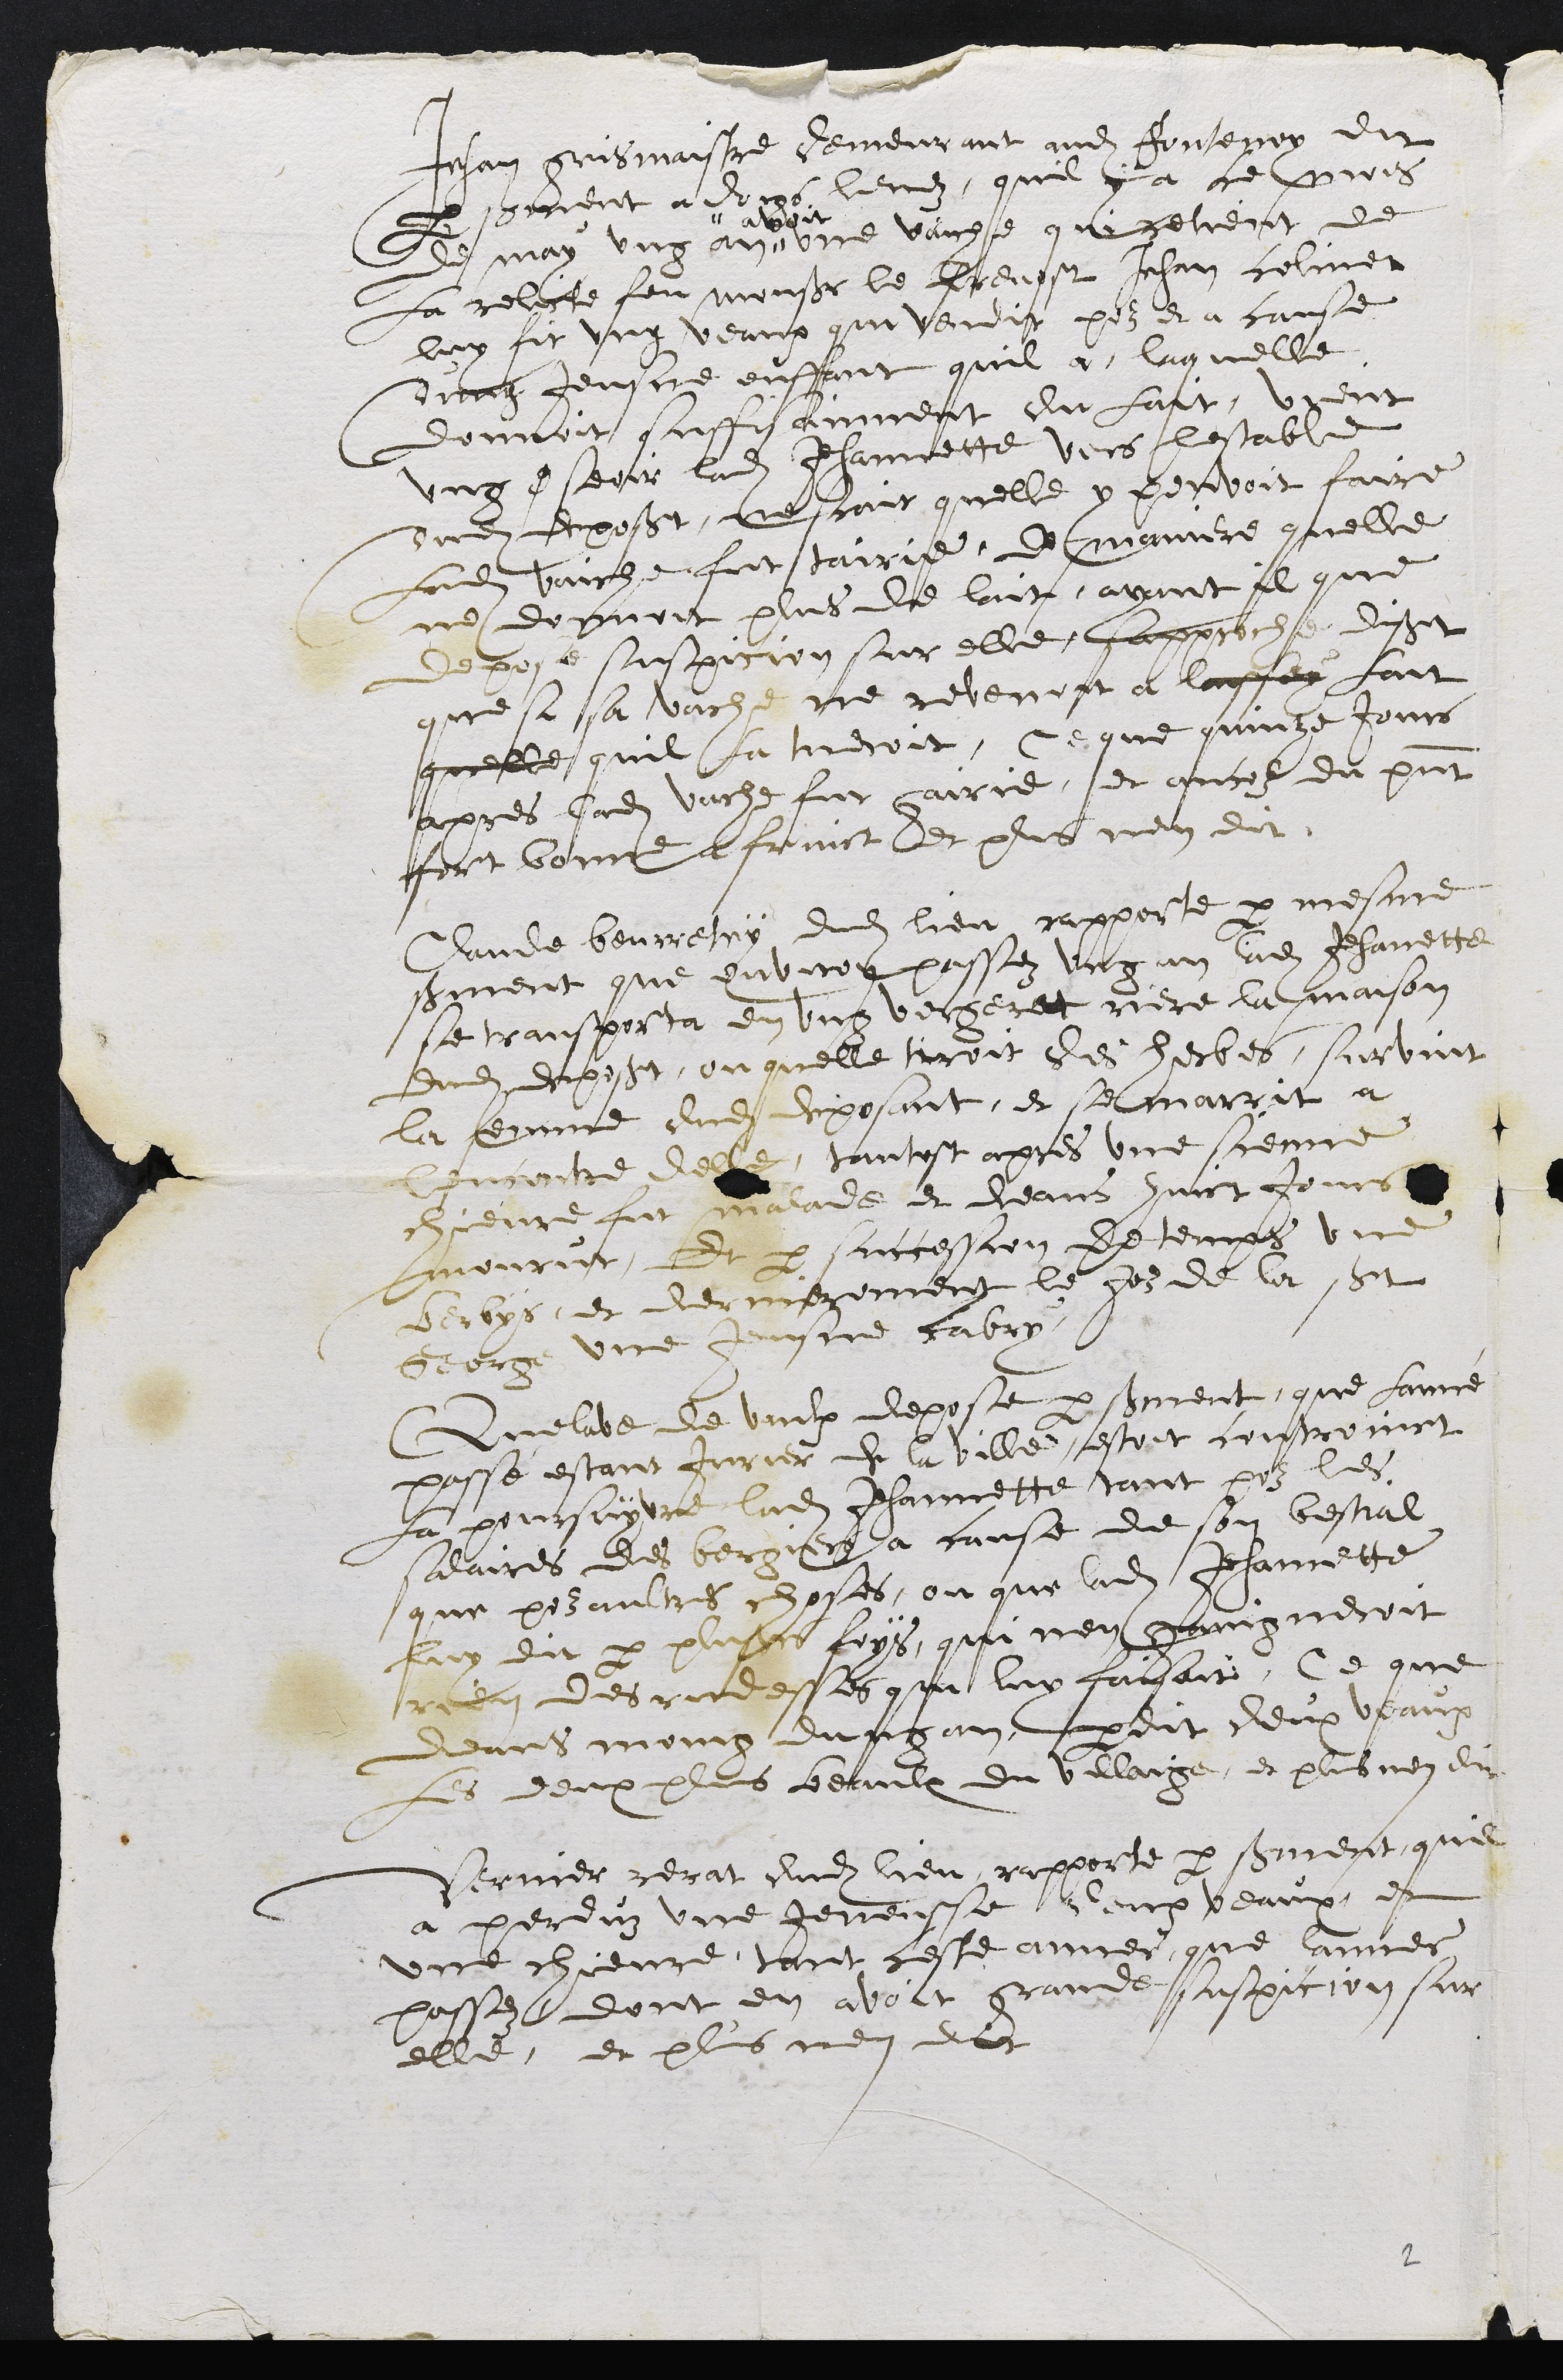
Jehan Grimaître, demeurant audit Fontenais, dit
par serment à doigts levés, qu’il y a ce mois
de mai un an"
" avoit
une vaiche qui retient de
la relicte de feu monsieur le prévôt Jean Collinet.
Lui fit un veau qu’il vendit pour et à cause
d’un jeune enfant qu’il a laquelle
donnait suffisamment de lait. Vient
un soir ladite Jeannette vers lestable
dudit déposant, ne sait quelle y pouvoit faire
Ladite vache fut tarie, de maniere quelle
ne donnait plus de lait. Ayant il qui
dépose suspicion sur elle, s’approche, disant
que si sa vache ne revenait au lait,
qu’il la tuerait. Ce que quinze jours
après ladite vache fut guérie et encore du présent,
fort bonne au fruit, et plus rien dit.
Claude Bourretry, dudit lieu, rapporte par mesme
serment qu’environ passé un an, ladite Jeannette
se transporta en un verger et derrière la maison
dudit déposant, où elle tirait des herbes. Survint
la femme dudit déposant, et se marit à
l’encontre d’elle; tantôt après une sienne
chèvre fut malade et en huit jours,
mourut. Et par succession de temps, une
brebis, et dernièrement, le jour de la St.-
Georges, un jeune cabri.
Quelave de Vaux dépose par serment, que l’année
passée, étant jurier de la ville, était contraint
de la poursuivre, ladite Jeannette, tant pour les
salaires des bergers à cause de son bétail,
que pour autres choses, où que ladite Jeannette
lui dit par plusieurs fois qu’il n’en gagnerait
rien des rudesses qu’il lui faisait. Ce que
en moins d’un an, perdit deux veaux,
les deux plus beaux du village, et plus n’en dit.
Vernier Rérat, dudit lieu, rapporte par serment, qu’il
a perdu une génisse, deux veaux et
une chèvre, tant cette année que l’année
passée, dont il en avait grande suspicion sur
elle, et plus n’en dit.